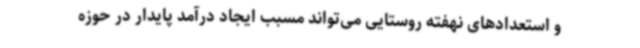
و استعدادهای نهفته روستایی می‌تواند مسبب ایجاد درآمد پایدار در حوزه